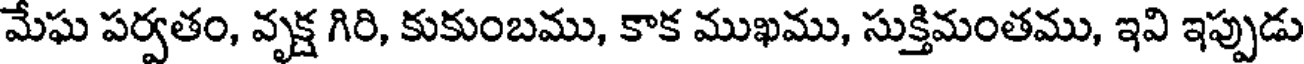
మేఘ పర్వతం, వృక్ష గిరి, కుకుంబము, కాక ముఖము, సుక్తిమంతము, ఇవి ఇప్పుడు